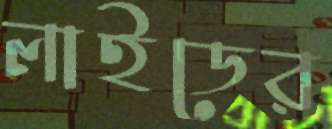
লাইডের